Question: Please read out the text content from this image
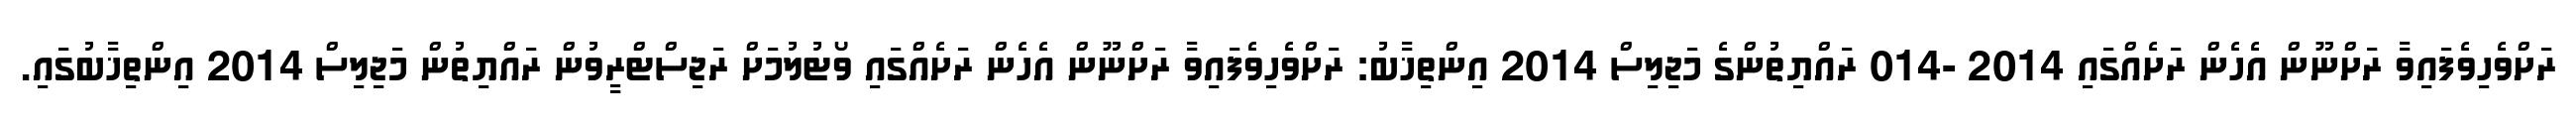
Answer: ރަށްވެހިވެފައިވާ ރަށްނޫން އެހެން ރަށެއްގައި 2014 -014 ރައްޔިތުންގެ މަޖިލިސް 2014 އިންތިޚާބު: ރަށްވެހިވެފައިވާ ރަށްނޫން އެހެން ރަށެއްގައި ވޯޓުލުމަށް ރަޖިސްޓްރީވުން ރައްޔިތުން މަޖިލިސް 2014 އިންތިޚާބުގައި.